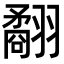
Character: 𦒑